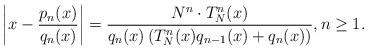
LaTeX: \begin{align*}\left| x - \frac{p_n(x)}{q_n(x)} \right| =\frac{N^n \cdot T^n_N(x)}{q_n(x)\left(T^n_N(x)q_{n-1}(x)+q_n(x)\right)}, n \geq 1. \end{align*}